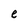
Character: e